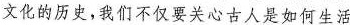
文化的历史，我们不仅要关心古人是如何生活